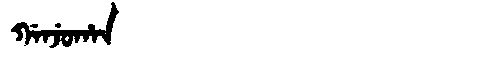
Manchu: ᡤᠠᠨᠵᡠᡥᠠᠨ
Romanization: GANJUHAN